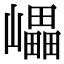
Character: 𡾊